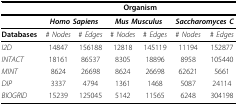
<table><thead><tr><td></td><td colspan="6"><b>Organism</b></td></tr></thead><tbody><tr><td></td><td colspan="2"><i><b>Homo Sapiens</b></i></td><td colspan="2"><b><i>Mus Musculus</i></b></td><td colspan="2"><i><b>Saccharomyces C</b></i></td></tr><tr><td><b>Databases</b></td><td># <i>Nodes</i></td><td># <i>Edges</i></td><td># <i>Nodes</i></td><td># <i>Edges</i></td><td># <i>Nodes</i></td><td># <i>Edges</i></td></tr><tr><td><i>I2D</i></td><td>14847</td><td>156188</td><td>12818</td><td>145119</td><td>11194</td><td>152877</td></tr><tr><td><i>INTACT</i></td><td>18161</td><td>86537</td><td>8305</td><td>18896</td><td>8958</td><td>105440</td></tr><tr><td><i>MINT</i></td><td>8624</td><td>26698</td><td>8624</td><td>26698</td><td>62621</td><td>5661</td></tr><tr><td><i>DIP</i></td><td>3337</td><td>4794</td><td>1361</td><td>1468</td><td>5087</td><td>24114</td></tr><tr><td><i>BIOGRID</i></td><td>15239</td><td>125045</td><td>5142</td><td>11565</td><td>6248</td><td>304198</td></tr></tbody></table>